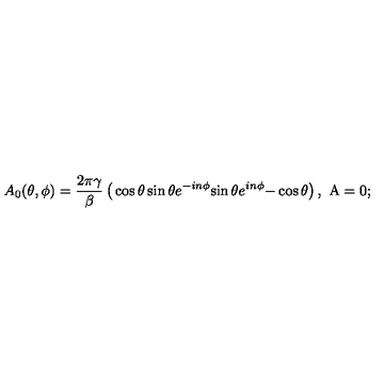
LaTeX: A _ { 0 } ( \theta , \phi ) = \frac { 2 \pi \gamma } { \beta } \left( \begin{matrix} { \cos \theta } & { \sin \theta e ^ { - i n \phi } } \\ { \sin \theta e ^ { i n \phi } } & { - \cos \theta } \\ \end{matrix} \right) , \ \mathrm { \boldmath A } = 0 ;